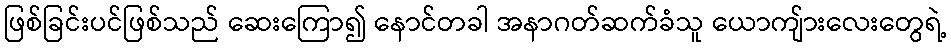
ဖြစ်ခြင်းပင်ဖြစ်သည် ဆေးကြော၍ နောင်တခါ အနာဂတ်ဆက်ခံသူ ယောကျ်ားလေးတွေရဲ့